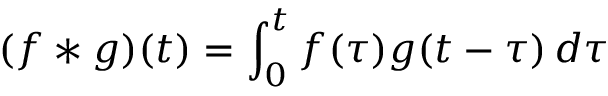
( f * g ) ( t ) = \int _ { 0 } ^ { t } f ( \tau ) g ( t - \tau ) \, d \tau